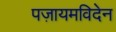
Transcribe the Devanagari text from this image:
पज़ायमविदेन